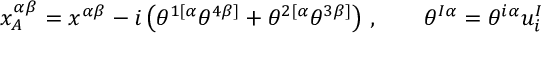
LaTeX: x _ { A } ^ { \alpha \beta } = x ^ { \alpha \beta } - i \left( \theta ^ { 1 [ \alpha } \theta ^ { 4 \beta ] } + \theta ^ { 2 [ \alpha } \theta ^ { 3 \beta ] } \right) \, , \qquad \theta ^ { I \alpha } = \theta ^ { i \alpha } u _ { i } ^ { I }